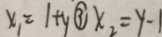
x _ { 1 } = 1 + y \textcircled { 3 } x _ { 2 } = y - 1